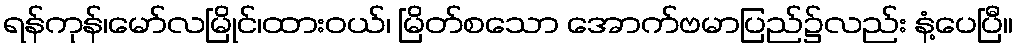
ရန်ကုန်၊မော်လမြိုင်၊ထားဝယ်၊ မြိတ်စသော အောက်ဗမာပြည်၌လည်း နံ့ပေပြီ။